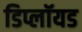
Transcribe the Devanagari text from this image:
डिप्लॉयड